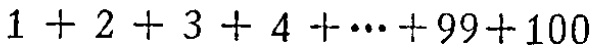
$1 + 2 + 3 + 4 + \cdots + 99+100$